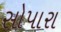
સોપારા